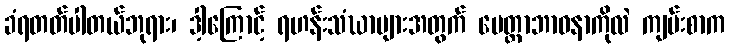
ခံရတတ်ပါတယ်ဘုရား၊ ဒါ့ကြောင့် ရဟန်းသံဃာများအတွက် မေတ္တာဘာဝနာကိုလဲ ကျမ်းစာက